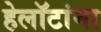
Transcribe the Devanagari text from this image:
हेलॉटांना